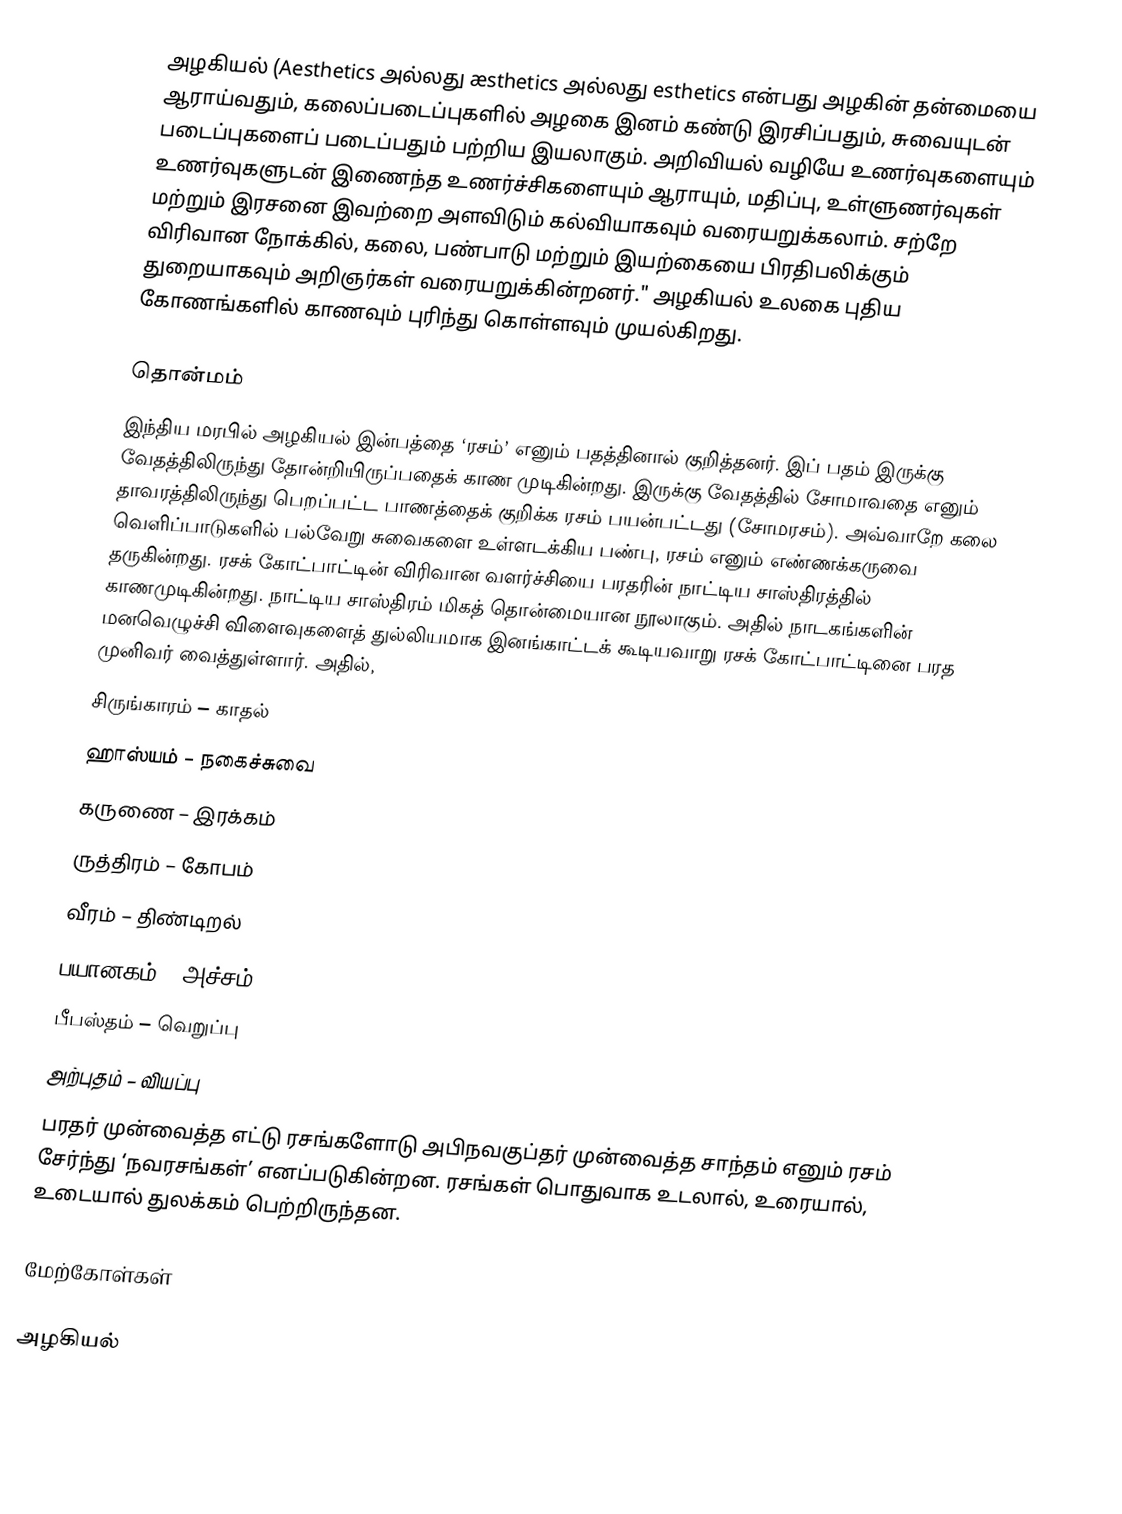
அழகியல் (Aesthetics அல்லது æsthetics அல்லது esthetics என்பது அழகின் தன்மையை ஆராய்வதும், கலைப்படைப்புகளில் அழகை இனம் கண்டு இரசிப்பதும், சுவையுடன் படைப்புகளைப் படைப்பதும் பற்றிய இயலாகும். அறிவியல் வழியே உணர்வுகளையும் உணர்வுகளுடன் இணைந்த உணர்ச்சிகளையும் ஆராயும், மதிப்பு, உள்ளுணர்வுகள் மற்றும் இரசனை இவற்றை அளவிடும் கல்வியாகவும் வரையறுக்கலாம். சற்றே விரிவான நோக்கில், கலை, பண்பாடு மற்றும் இயற்கையை பிரதிபலிக்கும் துறையாகவும் அறிஞர்கள் வரையறுக்கின்றனர்." அழகியல் உலகை புதிய கோணங்களில் காணவும் புரிந்து கொள்ளவும் முயல்கிறது.

தொன்மம்
இந்திய மரபில் அழகியல் இன்பத்தை ‘ரசம்’ எனும் பதத்தினால் குறித்தனர். இப் பதம் இருக்கு வேதத்திலிருந்து தோன்றியிருப்பதைக் காண முடிகின்றது. இருக்கு வேதத்தில் சோமாவதை எனும் தாவரத்திலிருந்து பெறப்பட்ட பாணத்தைக் குறிக்க ரசம் பயன்பட்டது (சோமரசம்). அவ்வாறே கலை வெளிப்பாடுகளில் பல்வேறு சுவைகளை உள்ளடக்கிய பண்பு, ரசம் எனும் எண்ணக்கருவை தருகின்றது. ரசக் கோட்பாட்டின் விரிவான வளர்ச்சியை பரதரின் நாட்டிய சாஸ்திரத்தில் காணமுடிகின்றது. நாட்டிய சாஸ்திரம் மிகத் தொன்மையான நூலாகும். அதில் நாடகங்களின் மனவெழுச்சி விளைவுகளைத் துல்லியமாக இனங்காட்டக் கூடியவாறு ரசக் கோட்பாட்டினை பரத முனிவர் வைத்துள்ளார். அதில்,
சிருங்காரம் – காதல்
ஹாஸ்யம் – நகைச்சுவை
கருணை – இரக்கம்
ருத்திரம் – கோபம்
வீரம் – திண்டிறல்
பயானகம் – அச்சம்
பீபஸ்தம் – வெறுப்பு
அற்புதம் – வியப்பு
பரதர் முன்வைத்த எட்டு ரசங்களோடு அபிநவகுப்தர் முன்வைத்த சாந்தம் எனும் ரசம் சேர்ந்து ‘நவரசங்கள்’ எனப்படுகின்றன. ரசங்கள் பொதுவாக உடலால், உரையால், உடையால் துலக்கம் பெற்றிருந்தன.

மேற்கோள்கள்

அழகியல்